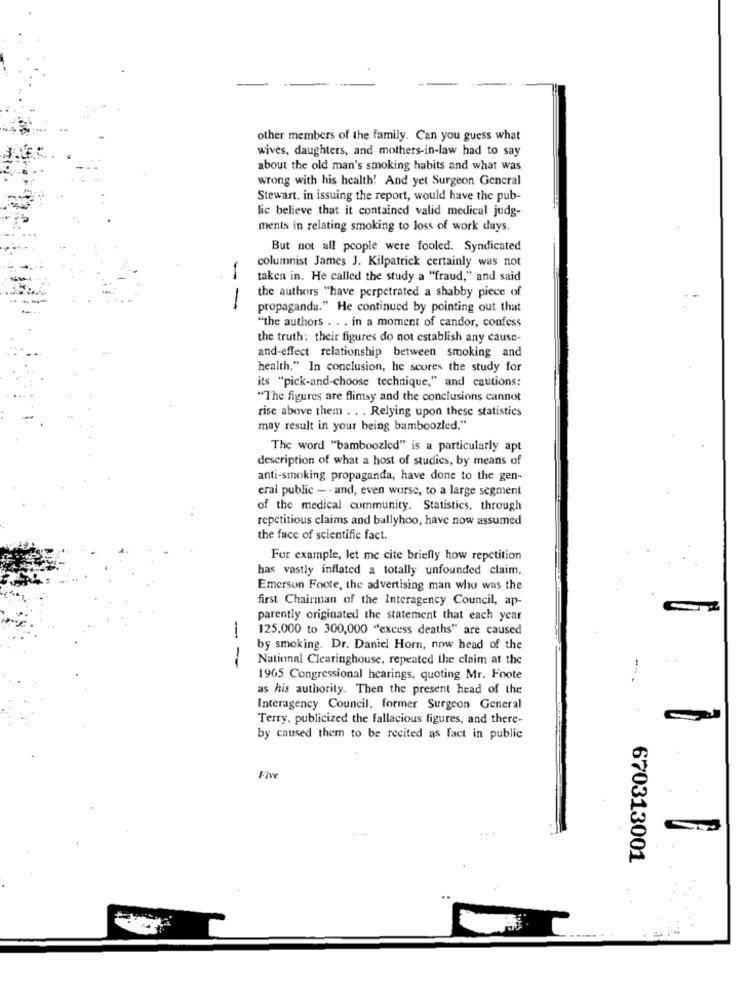
other members of the family. Can you guess what
wives, daughters, and mothers-in-law had to say
about the old man's smoking habits and what was
wrong with his health! And yet Surgeon General
Stewart. in issuing the report, would have the pub-
lic believe that it contained valid medical judg-
ments in relating smoking to loss of work days.
But not all people were fooled. Syndicated
columnist James J. Kilpatrick certainly was not
taken in. He called the study a "fraud," and said
the authors "have perpetrated a shabby piece of
- -
propaganda." He continued by pointing out that
"the authors . . . in a moment of candor, confess
the truth: their figures do not establish any cause-
and-effect relationship between smoking and
health." In conclusion, he scores the study for
its "pick-and-choose technique," and cautions:
"The figures are flimsy and the conclusions cannot
rise above them . . . Relying upon these statistics
may result in your being bamboozled."
The word "bamboozled" is a particularly apt
description of what a host of studies, by means of
anti-smoking propaganda, have done to the gen-
erai public - - and, even worse, to a large segment
of the medical community. Statistics. through
repetitious claims and ballyhoo, have now assumed
the face of scientific fact.
For example, let me cite briefly how repetition
has vastly inflated a totally unfounded claim.
Emerson Foote, the advertising man who was the
first Chairman of the Interagency Council, ap-
parently originated the statement that each year
125,000 to 300,000 "excess deaths" are caused
by smoking. Dr. Daniel Horn, now head of the
National Clearinghouse, repeated the claim at the
- --
--
1965 Congressional hearings, quoting Mr. Foote
as his authority. Then the present head of the
Interagency Council, former Surgeon General
Terry, publicized the fallacious figures, and there-
by caused them to be recited as fact in public
Five
...
670313001